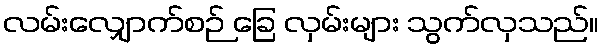
လမ်းလျှောက်စဉ် ခြေ လှမ်းများ သွက်လှသည်။